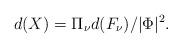
LaTeX: \begin{align*}d(X)= {\Pi}_{\nu} d(F_{\nu})/|\Phi|^2.\end{align*}